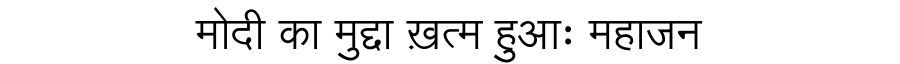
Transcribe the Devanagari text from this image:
मोदी का मुद्दा ख़त्म हुआः महाजन